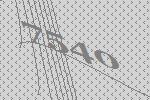
7540